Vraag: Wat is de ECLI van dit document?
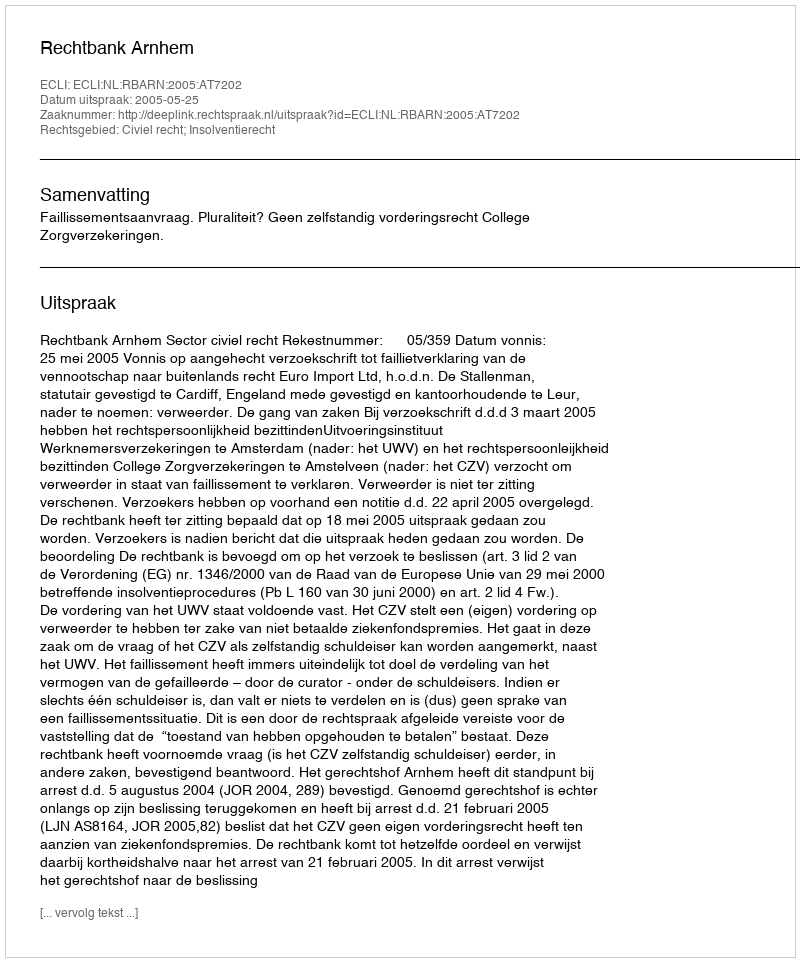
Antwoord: ECLI:NL:RBARN:2005:AT7202